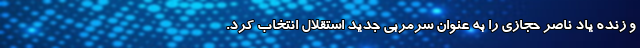
و زنده یاد ناصر حجازی را به عنوان سرمربی جدید استقلال انتخاب کرد.